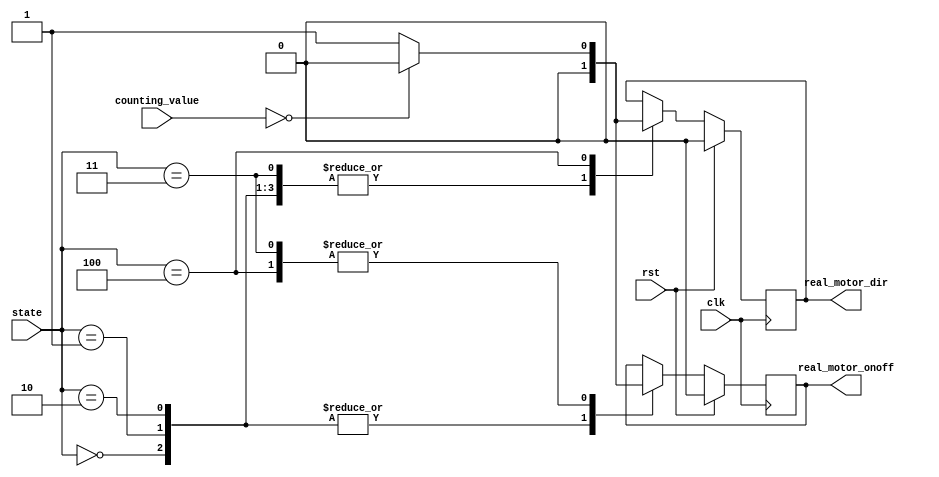
module motor_ctrl(
    input   wire    rst,
    input   wire    clk,
    
    input   wire    [2:0]   state,
    input   wire    [2:0]   counting_value,
    
    output  reg     real_motor_onoff,
    output  reg     real_motor_dir
);

parameter   state_idle          =   3'd0;
parameter   state_floor1        =   3'd1;
parameter   state_floor2        =   3'd2;
parameter   state_going_to_1    =   3'd3;
parameter   state_going_to_2    =   3'd4;

always @ (posedge clk) begin
    if(rst) begin
        real_motor_onoff    <=  0;
        real_motor_dir      <=  0;
    end
    else begin
        case(state)
            state_idle: begin
                real_motor_onoff    <=  0;
                real_motor_dir      <=  0;
            end
            state_floor1: begin
                real_motor_onoff    <=  0;
                real_motor_dir      <=  0;            
            end
            state_floor2: begin
                real_motor_onoff    <=  0;
                real_motor_dir      <=  0;            
            end
            state_going_to_1: begin
                if(counting_value ==0) begin
                    real_motor_onoff    <=  0;
                    real_motor_dir      <=  0;  
                end              
                else begin  //during moving time, motor should operate
                    real_motor_onoff    <=  1;
                    real_motor_dir      <=  0;                      
                end
            end
            state_going_to_2: begin
                if(counting_value ==0) begin
                    real_motor_onoff    <=  0;
                    real_motor_dir      <=  0;  
                end              
                else begin  //during moving time, motor should operate in opposite direction compared with state_going_to_1
                    real_motor_onoff    <=  1;
                    real_motor_dir      <=  1;                      
                end
            end
        endcase
    end
end

endmodule